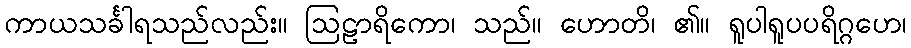
ကာယသင်္ခါရသည်လည်း။ ဩဠာရိကော၊ သည်။ ဟောတိ၊ ၏။ ရူပါရူပပရိဂ္ဂဟေ၊